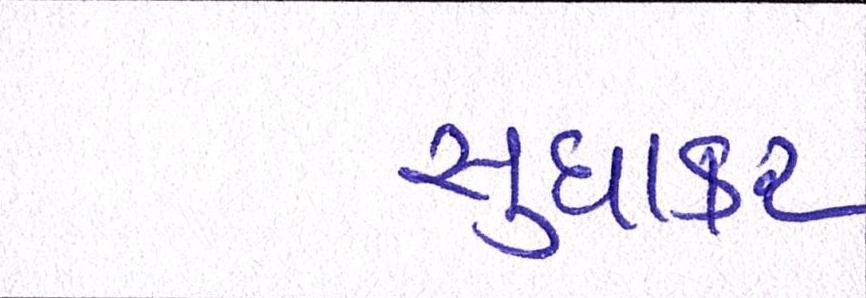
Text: સુધાકર